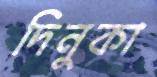
দিনুকা